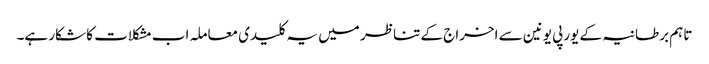
تاہم برطانیہ کے یورپی یونین سے اخراج کے تناظر میں یہ کلیدی معاملہ اب مشکلات کا شکار ہے۔